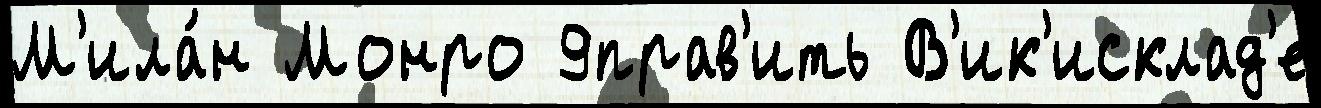
М'ила́н Монро 9прав'ить В'ик'исклад'е